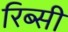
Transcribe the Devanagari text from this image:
रिब्सी